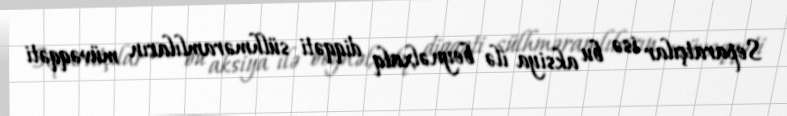
Separatçılar isə bu aksiya ilə beynəlxalq diqqəti sülhməramlıların müvəqqəti